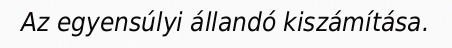
Az egyensúlyi állandó kiszámítása.